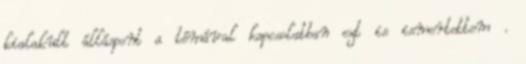
kialakult álláspont a témával kapcsolatban ezt is ismertettem .